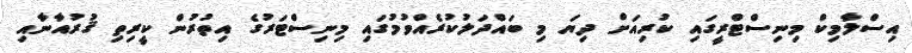
އިސްލާމިކް މިނިސްޓްރީގައި ކުރިއަށް ދިޔަ މި ބައްދަލުކުރެއްވުމުގައި މިނިސްޓަރުގެ އިތުރުން ކީރިތި ޤުރުއާނާއި